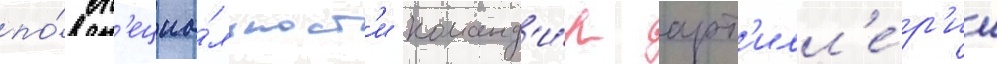
по́ сп'ециа́льност'и команд'и́р арт'илл'е́р'ии